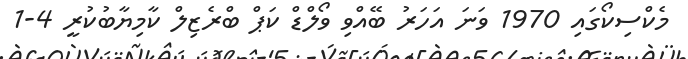
މެކްސިކޯގައި 1970 ވަނަ އަހަރު ބޭއްވި ވޯލްޑް ކަޕް ބްރެޒިލް ކާމިޔާބުކުރީ 4-1